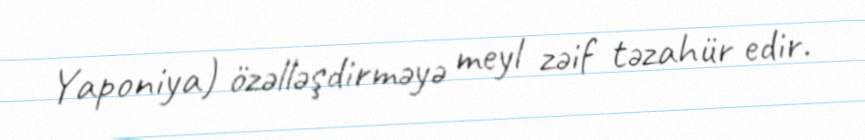
Yaponiya) özəlləşdirməyə meyl zəif təzahür edir.